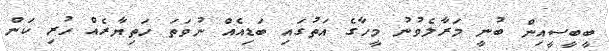
ބީބީސީއިން ބުނީ މަރާލެވުނު މީހާގެ އަތުގައި ބަޑިއެއް ނުވަތަ ހަތިޔާރެއް ހުރި ކަން